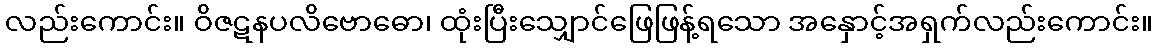
လည်းကောင်း။ ဝိဇဋနပလိဗောဓော၊ ထုံးပြီးသျှောင်ဖြေဖြန့်ရသော အနှောင့်အရှက်လည်းကောင်း။